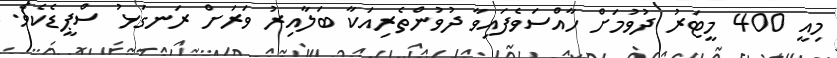
މިއީ 400 މީޓަރު ދުވުމަށް ހާއްސަވެފައިވާ ދުވުންތެރިއަކާ ބަލާއިރު ވަރަށް ރަނގަޅު ސްޕީޑެކެވެ.